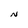
Character: N